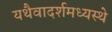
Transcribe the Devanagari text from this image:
यथैवादर्शमध्यस्थे